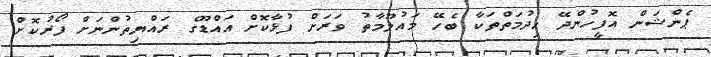
ޕެންޝަން އޮފީހުންދޭ ހިދުމަތްތަކާ ބެހޭ މައުލޫމާތު ވަރަށް ފުޅާކޮށް އައްޑޫގެ ރައްޔިތުންނަށް ފޯރުކޮށް